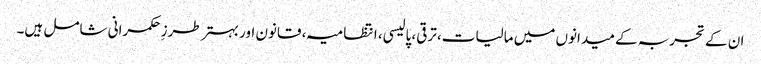
ان کے تجربہ کے میدانوں میں مالیات، ترقی، پالیسی، انتظامیہ، قانون اور بہتر طرزِ حکمرانی شامل ہیں۔